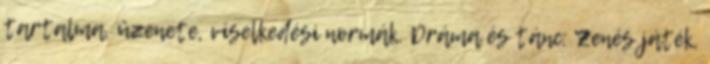
tartalma, üzenete, viselkedési normák. Dráma és tánc: Zenés játék,